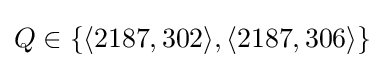
Q\in \{\langle 2187,302\rangle ,\langle 2187,306\rangle \}